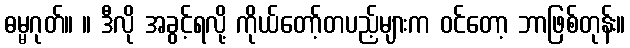
ဓမ္မဂုတ်။ ။ ဒီလို အခွင့်ရလို့ ကိုယ်တော့်တပည့်များက ဝင်တော့ ဘာဖြစ်တုန်း။